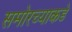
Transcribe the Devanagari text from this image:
समोरच्याकडे